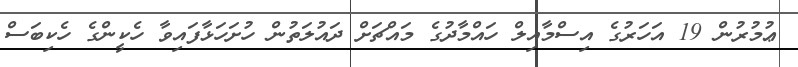
ޢުމުރުން 19 އަހަރުގެ އިސްމާއިލް ހައްމާދުގެ މައްޗަށް ދައުލަތުން ހުށަހަޅާފައިވާ ހެކީންގެ ހެކިބަސް